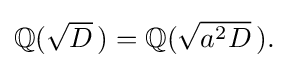
{\textstyle \mathbb {Q} ({\sqrt {D}}\,)=\mathbb {Q} ({\sqrt {a^{2}D}}\,).}